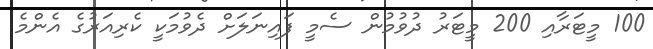
100 މީޓަރާއި 200 މީޓަރު ދުވުމުން ސެމީ ފައިނަލަށް ދެވުމަކީ ކެރިއަރުގެ އެންމެ